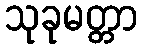
သုခုမတ္တာ